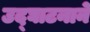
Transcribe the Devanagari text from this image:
उद्घाटनाने